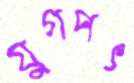
যুগপৎ